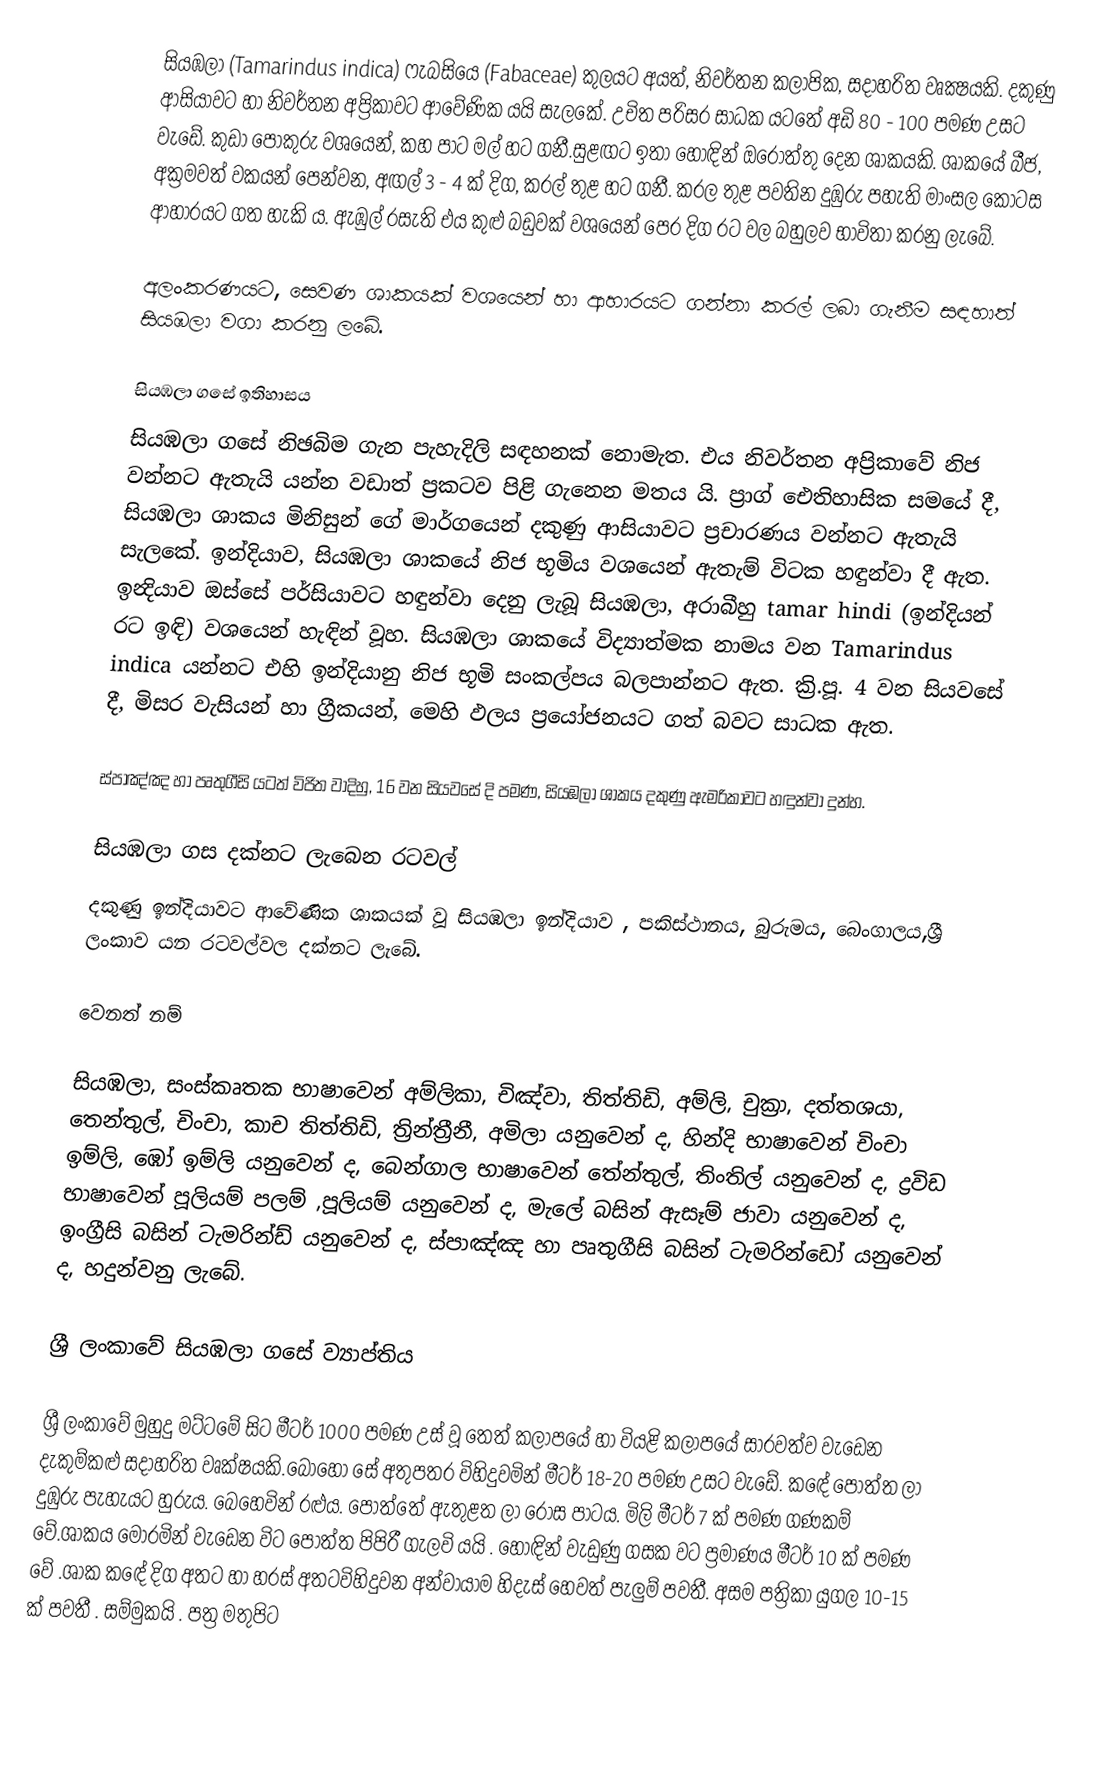
සියඹලා (Tamarindus indica) ෆැබසියෙ (Fabaceae) කුලයට අයත්, නිවර්තන කලාපික, සදාහරිත වෘක්‍ෂයකි. දකුණු ආසියාවට හා නිවර්තන අප්‍රිකාවට ආවේණික යයි සැලකේ. උචිත පරිසර සාධක යටතේ  අඩි 80 - 100 පමණ උසට වැඩේ. කුඩා පොකුරු වශයෙන්, කහ පාට මල් හට ගනී.සුළඟට ඉතා හොඳින් ඔරොත්තු දෙන ශාකයකි. ශාකයේ බීජ, අක්‍රමවත් වකයන් පෙන්වන​, අඟල් 3 - 4 ක් දිග​, කරල් තුළ හට ගනී. කරල තුළ පවතින දුඹුරු පහැති මාංසල කොටස ආහාරයට ගත හැකි ය​. ඇඹුල් රසැති එය කුළු බඩුවක් වශයෙන් පෙර දිග රට වල බහුලව භාවිතා කරනු ලැබේ.

අලංකරණයට​, සෙවණ ශාකයක් වශයෙන් හා ආහාරයට ගන්නා කරල් ලබා ගැනීම සඳහාත් සියඹලා වගා කරනු ලබේ.

සියඹලා ගසේ ඉතිහාසය
සියඹලා ගසේ නිඡබිම ගැන පැහැදිලි සඳහනක් නොමැත. එය නිවර්තන අප්‍රිකාවේ නිජ වන්නට ඇතැයි යන්න වඩාත් ප්‍රකටව පිළි ගැනෙන මතය යි. ප්‍රාග් ඓතිහාසික සමයේ දී, සියඹලා ශාකය මිනිසුන් ගේ මාර්ගයෙන් දකුණු ආසියාවට ප්‍රචාරණය වන්නට ඇතැයි සැලකේ. ඉන්දියාව, සියඹලා ශාකයේ නිජ භූමිය වශයෙන් ඇතැම් විටක හඳුන්වා දී ඇත. ඉන්‍දියාව ඔස්සේ පර්සියාවට හඳුන්වා දෙනු ලැබූ සියඹලා, අරාබීහු tamar hindi (ඉන්දියන් රට ඉඳි) වශයෙන් හැඳින් වූහ​. සියඹලා ශාකයේ විද්‍යාත්මක නාමය වන Tamarindus indica යන්නට එහි ඉන්දියානු නිජ භූමි සංකල්පය බලපාන්නට ඇත. ක්‍රි.පූ. 4 වන සියවසේ දී, මිසර වැසියන් හා ග්‍රීකයන්, මෙහි ඵලය ප්‍රයෝජනයට ගත් බවට සාධක ඇත​.

ස්පාඤ්ඤ හා පෘතුගීසි යටත් විජිත වාදිහු, 16 වන සියවසේ දි පමණ, සියඹලා ශාකය දකුණු ඇමරිකාවට හඳුන්වා දුන්හ​.

සියඹලා ගස දක්නට ලැබෙන රටවල්
දකුණු ඉන්දියාවට ආවේණික ශාකයක් වූ සියඹලා ඉන්දියාව , පකිස්ථානය, බුරුමය, බෙංගාලය,ශ්‍රී ලංකාව යන රටවල්වල දක්නට ලැබේ.

වෙනත් නම්

සියඹලා, සංස්කෘතක භාෂාවෙන් අම්ලිකා, චිඤ්වා, තිත්තිඩි, අම්ලි, චුක්‍රා, දත්තශයා, තෙන්තුල්, චිංචා, කාච තිත්තිඩි, ත්‍රින්ත්‍රීනී, අමිලා යනුවෙන් ද, හින්දි භාෂාවෙන් චිංචා ඉම්ලි, ඹෝ ඉම්ලි යනුවෙන් ද, ‍‍බෙන්ගාල භාෂාවෙන් තේන්තුල්, තිංතිල් යනුවෙන් ද, ද්‍රවිඩ භාෂාවෙන් පූලියම් පලම් ,පූලියම් යනුවෙන් ද, මැලේ බසින් ඇසෑම් ජාවා යනුවෙන් ද, ඉංග්‍රීසි බසින් ටැමරින්ඩ් යනුවෙන් ද, ස්පාඤ්ඤ හා පෘතුගීසි බසින් ටැමරින්ඩෝ යනුවෙන් ද, හදුන්වනු ලැබේ.

ශ්‍රී ලංකා‍වේ සියඹලා ගසේ ව්‍යාප්තිය

ශ්‍රී ලංකාවේ මුහුදු මට්ටමේ සිට මීටර් 1000 පමණ උස් වූ තෙත් කලාපයේ හා වියළි කලාපයේ සාරවත්ව වැඩෙන දැකුම්කළු සදාහරිත වෘක්ෂයකි.බොහෝ සේ  අතුපතර විහිදුවමින් මීටර් 18-20 පමණ උසට වැඩේ. කඳේ පොත්ත ලා දුඹුරු පැහැයට හුරුය. බෙහෙවින් රළුය. පොත්තේ ඇතුළත ලා රෝස පාටය. මිලි මීටර් 7 ක් පමණ ගණකම් වේ.ශාකය මෝරමින් වැඩෙන විට පොත්ත පිපිරී ගැලවි යයි . හොඳින් වැඩුණු ගසක වට ප්‍රමාණය මීටර් 10 ක් පමණ වේ .ශාක කඳේ දිග අතට හා හරස් අතටවිහිදුවන අන්වායාම හිදැස්  හෙවත්  පැලුම් පවතී. අසම පත්‍රිකා යුගල 10-15 ක් පවතී . සම්මුකයි . පත්‍ර මතුපිට